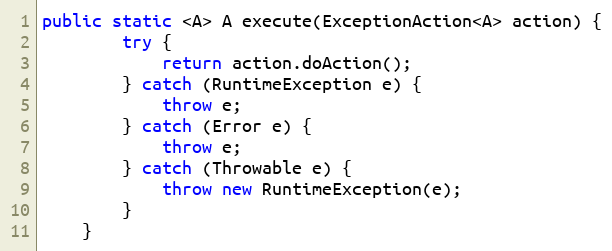
Language: Java
public static <A> A execute(ExceptionAction<A> action) {
        try {
            return action.doAction();
        } catch (RuntimeException e) {
            throw e;
        } catch (Error e) {
            throw e;
        } catch (Throwable e) {
            throw new RuntimeException(e);
        }
    }